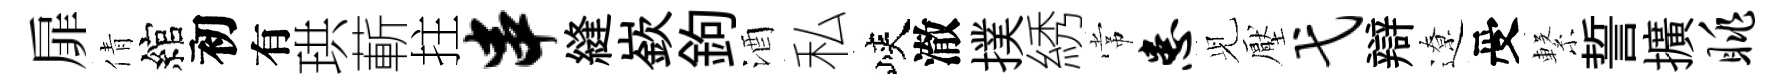
扉倩綰初有珙蔪拄串縫嶔鉤酒私峽澈撲綉常患𫤗壓弋辯遼受繋誓擴眺